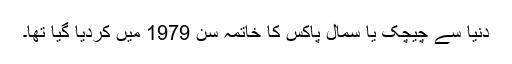
دنیا سے چیچک یا سمال پاکس کا خاتمہ سن 1979 میں کردیا گیا تھا۔